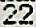
22